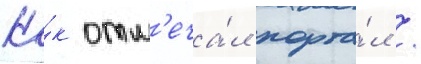
Ка́к отм'еча́л порта́л /